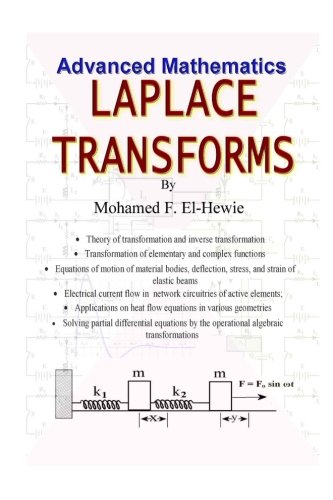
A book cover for Laplace Transforms; Mohamed F El-Hewie; Science & Math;